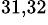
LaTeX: ^{31,32}